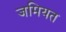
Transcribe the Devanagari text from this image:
जमियत